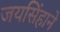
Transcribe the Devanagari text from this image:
जयसिंहाने